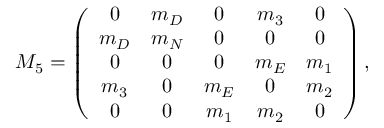
{ \cal M } _ { 5 } = \left( \begin{array} { c c c c c } { { 0 } } & { { m _ { D } } } & { { 0 } } & { { m _ { 3 } } } & { { 0 } } \\ { { m _ { D } } } & { { m _ { N } } } & { { 0 } } & { { 0 } } & { { 0 } } \\ { { 0 } } & { { 0 } } & { { 0 } } & { { m _ { E } } } & { { m _ { 1 } } } \\ { { m _ { 3 } } } & { { 0 } } & { { m _ { E } } } & { { 0 } } & { { m _ { 2 } } } \\ { { 0 } } & { { 0 } } & { { m _ { 1 } } } & { { m _ { 2 } } } & { { 0 } } \end{array} \right) ,